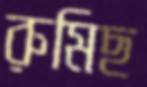
রুমিছ